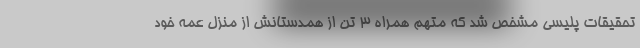
تحقیقات پلیسی مشخص شد که متهم همراه 3 تن از همدستانش از منزل عمه خود